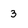
Character: 3